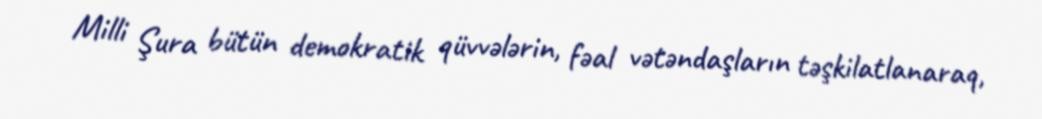
Milli Şura bütün demokratik qüvvələrin, fəal vətəndaşların təşkilatlanaraq,